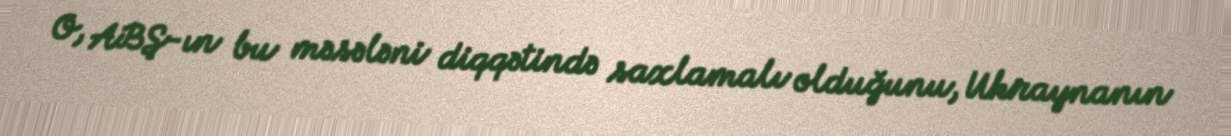
O, ABŞ-ın bu məsələni diqqətində saxlamalı olduğunu, Ukraynanın